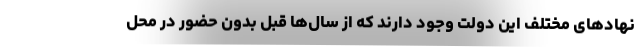
نهادهای مختلف این دولت وجود دارند که از سال‌ها قبل بدون حضور در محل